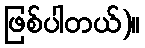
ဖြစ်ပါတယ်)။